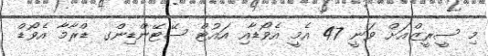
މި ސީރީޒްއަށް ވަނީ 47 އެމީ އެވޯޑާއި އައުޓް ސޭޓޭންޑިންގ ޑްރާމާ އެވޯޑް